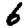
Digit: 6